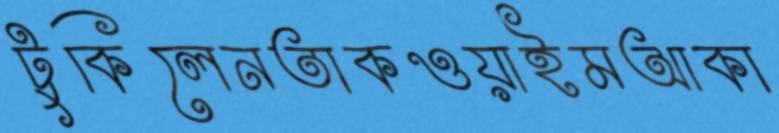
টুকিলেনতাকওয়াইমআকা